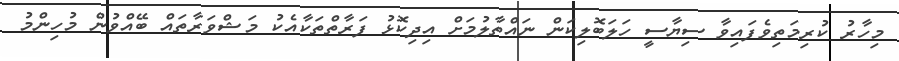
މިހާރު ކުރިމަތިވެފައިވާ ސިޔާސީ ހަލަބޮލިކަން ނައްތާލުމަށް އިދިކޮޅު ފަރާތްތަކާއެކު މަޝްވަރާތައް ބޭއްވުން މުހިންމު